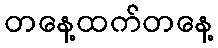
တနေ့ထက်တနေ့